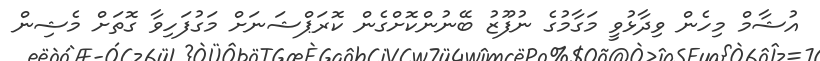
އުޝާމް މިހެން ވިދާޅުވީ މަގާމުގެ ނުފޫޒު ބޭނުންކޮށްގެން ކޮރަޕްޝަނަށް މަގުފަހިވާ ގޮތަށް މެޝިން